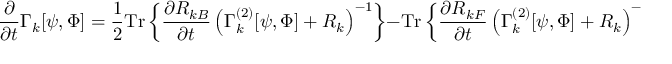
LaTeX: \frac { \partial } { \partial t } \Gamma _ { k } [ \psi , \Phi ] = \frac { 1 } { 2 } \mathrm { T r } \left\{ \frac { \partial R _ { k B } } { \partial t } \left( \Gamma _ { k } ^ { ( 2 ) } [ \psi , \Phi ] + R _ { k } \right) ^ { - 1 } \right\} - \mathrm { T r } \left\{ \frac { \partial R _ { k F } } { \partial t } \left( \Gamma _ { k } ^ { ( 2 ) } [ \psi , \Phi ] + R _ { k } \right) ^ { - 1 } \right\} \, .